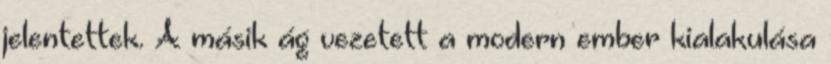
jelentettek. A másik ág vezetett a modern ember kialakulása